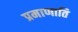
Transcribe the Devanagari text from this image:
प्रमाणाति